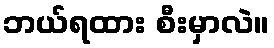
ဘယ်ရထား စီးမှာလဲ။